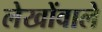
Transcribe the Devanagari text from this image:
लेखोंवाले